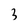
Character: 3